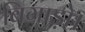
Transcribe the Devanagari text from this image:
बिगाड़ो।